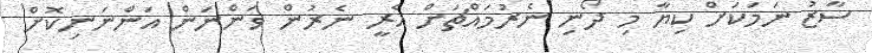
ސާޒު ނަމަކަށް ކިޔާ މި ދޯނި ނެރުމައްޗަށް އެރީ ނެރުން ވަންނަން އަންނަނިކޮށް